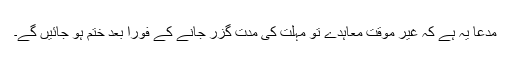
مدعا یہ ہے کہ غیر موقت معاہدے تو مہلت کی مدت گزر جانے کے فوراً بعد ختم ہو جائیں گے۔